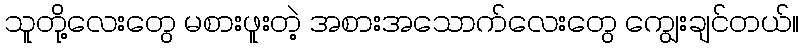
သူတို့လေးတွေ မစားဖူးတဲ့ အစားအသောက်လေးတွေ ကျွေးချင်တယ်။